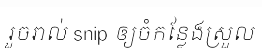
រួចរាល់ snip ឲ្យចំកន្លែងស្រួល